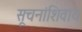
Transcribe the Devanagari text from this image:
सूचनांशिवाय